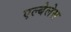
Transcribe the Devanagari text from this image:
एल्बेलेस